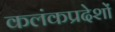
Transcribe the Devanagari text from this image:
कलंकप्रदेशों